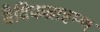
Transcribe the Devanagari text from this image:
वैदिकब्राहम्ण